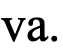
va.